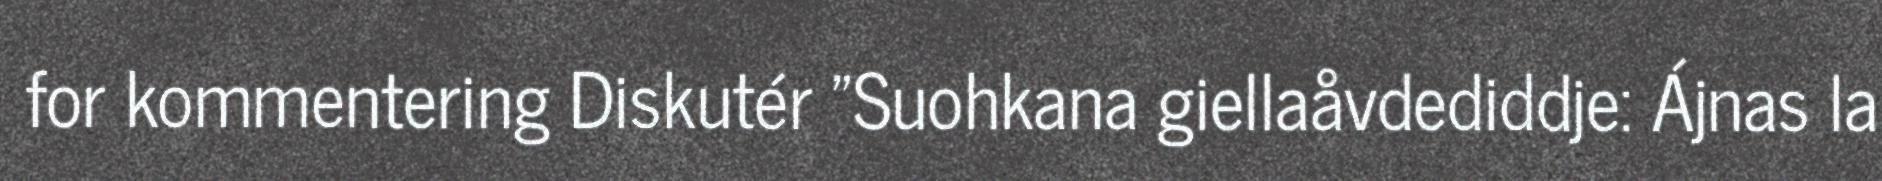
for kommentering Diskutér "Suohkana giellaåvdediddje: Ájnas la